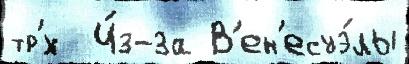
тр'́х  И́з-за В'ен'есуэ́лы